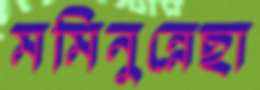
মমিনুন্নেছা